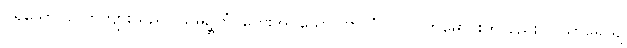
ပုရိသော၊ ယောကျ်ားသည်။ သမဉ္ဆိတံ၊ ကွေးအပ်သော။ ဗာဟံ ဝါ၊ လက်မောင်းကိုလည်း။ ပသာရေယျ